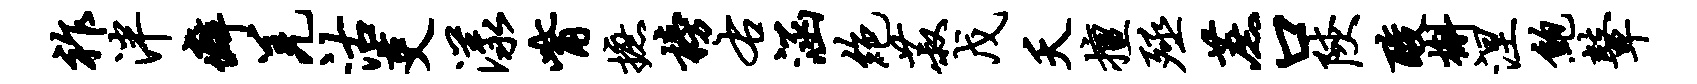
祚泮癖羌沽吏漾觜摭榜右涵绝菽戊夭擅殛蔗口陕酸槲涅鲍鼙